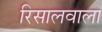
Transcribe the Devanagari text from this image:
रिसालवाला